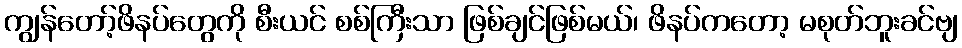
ကျွန်တော့်ဖိနပ်တွေကို စီးယင် စစ်ကြီးသာ ဖြစ်ချင်ဖြစ်မယ်၊ ဖိနပ်ကတော့ မစုတ်ဘူးခင်ဗျ